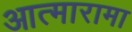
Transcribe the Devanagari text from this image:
आत्मारामा